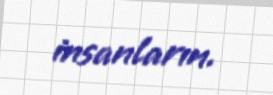
insanların.